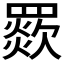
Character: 𦌗